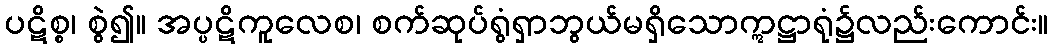
ပဋိစ္စ၊ စွဲ၍။ အပ္ပဋိကူလေစ၊ စက်ဆုပ်ရွံရှာဘွယ်မရှိသောဣဋ္ဌာရုံ၌လည်းကောင်း။